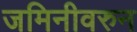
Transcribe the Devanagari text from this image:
जमिनीवरुन